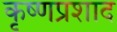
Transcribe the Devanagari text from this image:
कृष्णप्रशाद